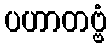
ပဟာတဗ္ဗံ